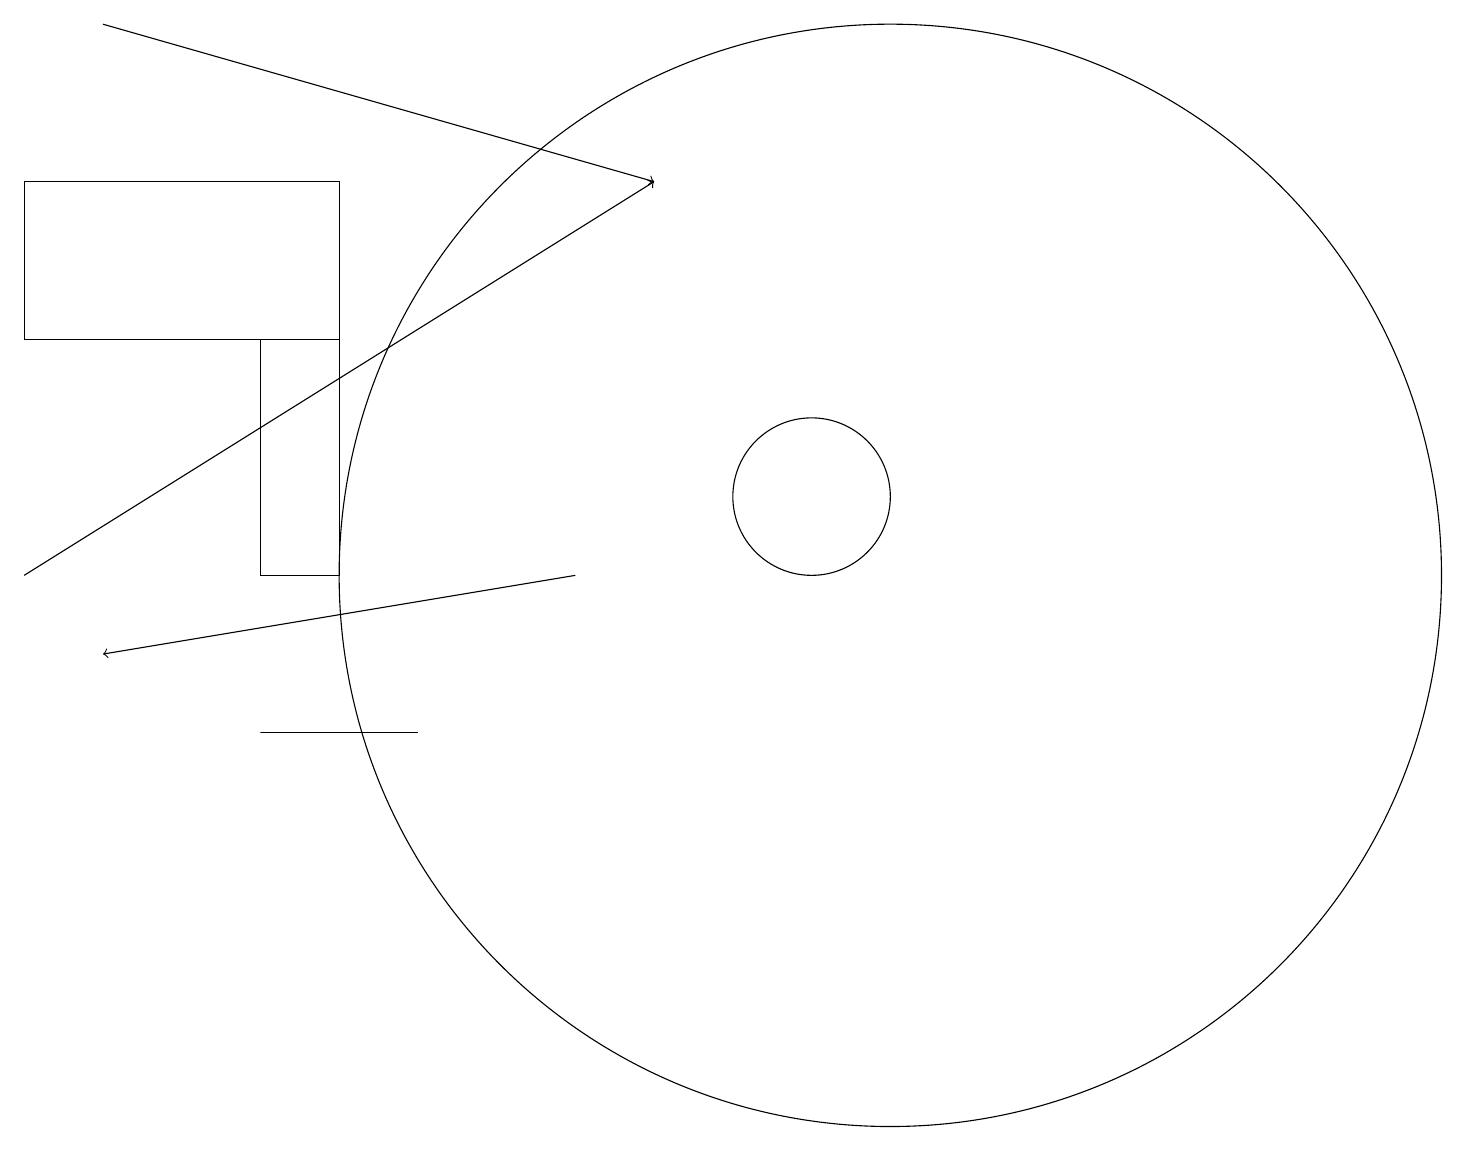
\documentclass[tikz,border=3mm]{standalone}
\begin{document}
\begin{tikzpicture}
\draw (0,14) rectangle (4,16);
\draw[->] (1,18) -- (8,16);
\draw (5,9) -- (3,9) -- (5,9) -- cycle;
\draw (11,11) circle (7);
\draw[->] (0,11) -- (8,16);
\draw (10,12) circle (1);
\draw (3,11) rectangle (4,14);
\draw[->] (7,11) -- (1,10);
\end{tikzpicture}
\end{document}